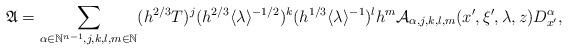
LaTeX: \begin{align*}\mathfrak{A}=\sum_{\alpha\in\mathbb{N}^{n-1},j,k,l,m\in\mathbb{N}}(h^{2/3}T)^j(h^{2/3}\langle\lambda\rangle^{-1/2})^k(h^{1/3}\langle\lambda\rangle^{-1})^lh^m\mathcal{A}_{\alpha,j,k,l,m}(x',\xi',\lambda,z)D_{x'}^\alpha,\end{align*}